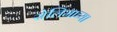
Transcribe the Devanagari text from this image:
सेलिमाच्या